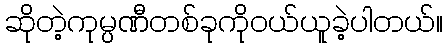
ဆိုတဲ့ကုမ္ပဏီတစ်ခုကိုဝယ်ယူခဲ့ပါတယ်။